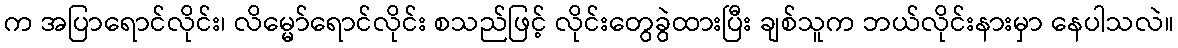
က အပြာရောင်လိုင်း၊ လိမ္မော်ရောင်လိုင်း စသည်ဖြင့် လိုင်းတွေခွဲထားပြီး ချစ်သူက ဘယ်လိုင်းနားမှာ နေပါသလဲ။